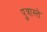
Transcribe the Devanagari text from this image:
पुत्रास्ते